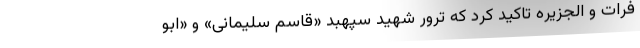
فرات و الجزیره تاکید کرد که ترور شهید سپهبد «قاسم سلیمانی» و «ابو